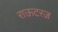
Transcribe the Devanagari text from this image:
राऊटरज़